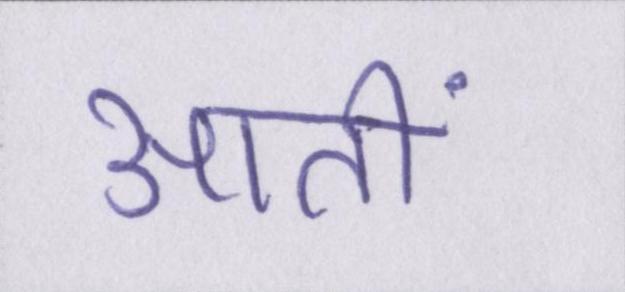
आतीं